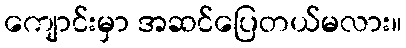
ကျောင်းမှာ အဆင်ပြေတယ်မလား။